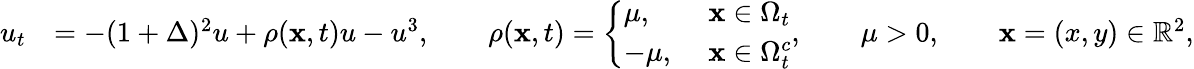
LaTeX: \begin{array}{rl}{u_{t}}&{=-(1+\Delta)^{2}u+\rho(\mathbf{x},t)u-u^{3},\qquad\rho(\mathbf{x},t)=\left\{ \begin{array}{ll}{\mu,}&{\, \, \mathbf{x}\in\Omega_{t}}\\ {-\mu,}&{\, \, \mathbf{x}\in\Omega_{t}^{c}}\end{array}\right.,\qquad\mu>0,\qquad\mathbf{x}=(x,y)\in\mathbb{R}^{2},}\end{array}